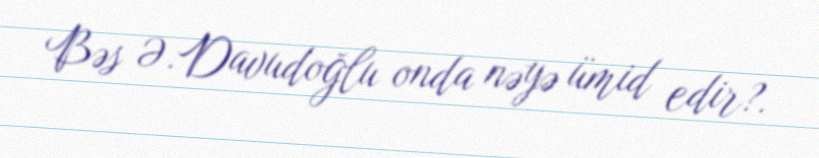
Bəs Ə.Davudoğlu onda nəyə ümid edir?.